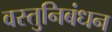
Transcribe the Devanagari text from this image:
वस्तुनिबंधन